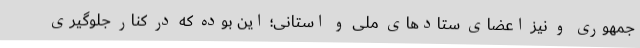
جمهوری و نیز اعضای ستادهای ملی و استانی؛ این بوده که در کنار جلوگیری